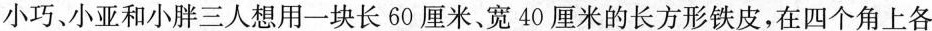
小巧、小亚和小胖三人想用一块长60厘米、宽40厘米的长方形铁皮，在四个角上各